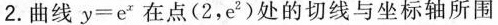
2.曲线$$y = e ^ { x }$$ 在点（2，e^{2}）处的切线与坐标轴所围